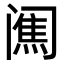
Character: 𨸋